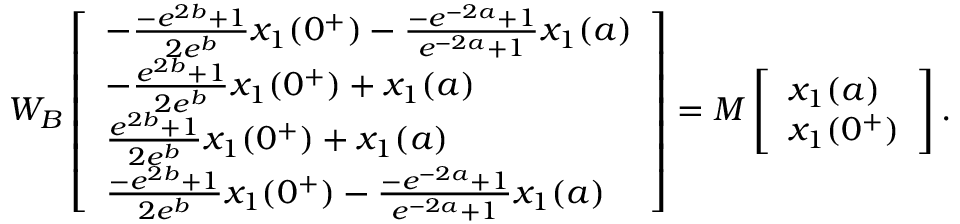
\begin{array} { r } { W _ { B } \left[ \begin{array} { l } { - \frac { - e ^ { 2 b } + 1 } { 2 e ^ { b } } x _ { 1 } ( 0 ^ { + } ) - \frac { - e ^ { - 2 a } + 1 } { e ^ { - 2 a } + 1 } x _ { 1 } ( a ) } \\ { - \frac { e ^ { 2 b } + 1 } { 2 e ^ { b } } x _ { 1 } ( 0 ^ { + } ) + x _ { 1 } ( a ) } \\ { \frac { e ^ { 2 b } + 1 } { 2 e ^ { b } } x _ { 1 } ( 0 ^ { + } ) + x _ { 1 } ( a ) } \\ { \frac { - e ^ { 2 b } + 1 } { 2 e ^ { b } } x _ { 1 } ( 0 ^ { + } ) - \frac { - e ^ { - 2 a } + 1 } { e ^ { - 2 a } + 1 } x _ { 1 } ( a ) } \end{array} \right] = M \left[ \begin{array} { l } { x _ { 1 } ( a ) } \\ { x _ { 1 } ( 0 ^ { + } ) } \end{array} \right] . } \end{array}